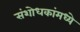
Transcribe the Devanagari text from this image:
संशोधकांमध्ये